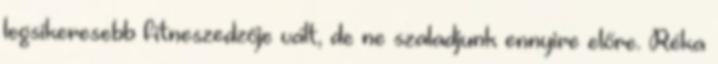
legsikeresebb fitneszedzője vált, de ne szaladjunk ennyire előre. Réka